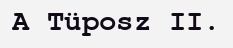
A Tüposz II.